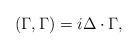
LaTeX: \begin{align*}(\Gamma, \Gamma) = i \Delta \cdot \Gamma, \end{align*}